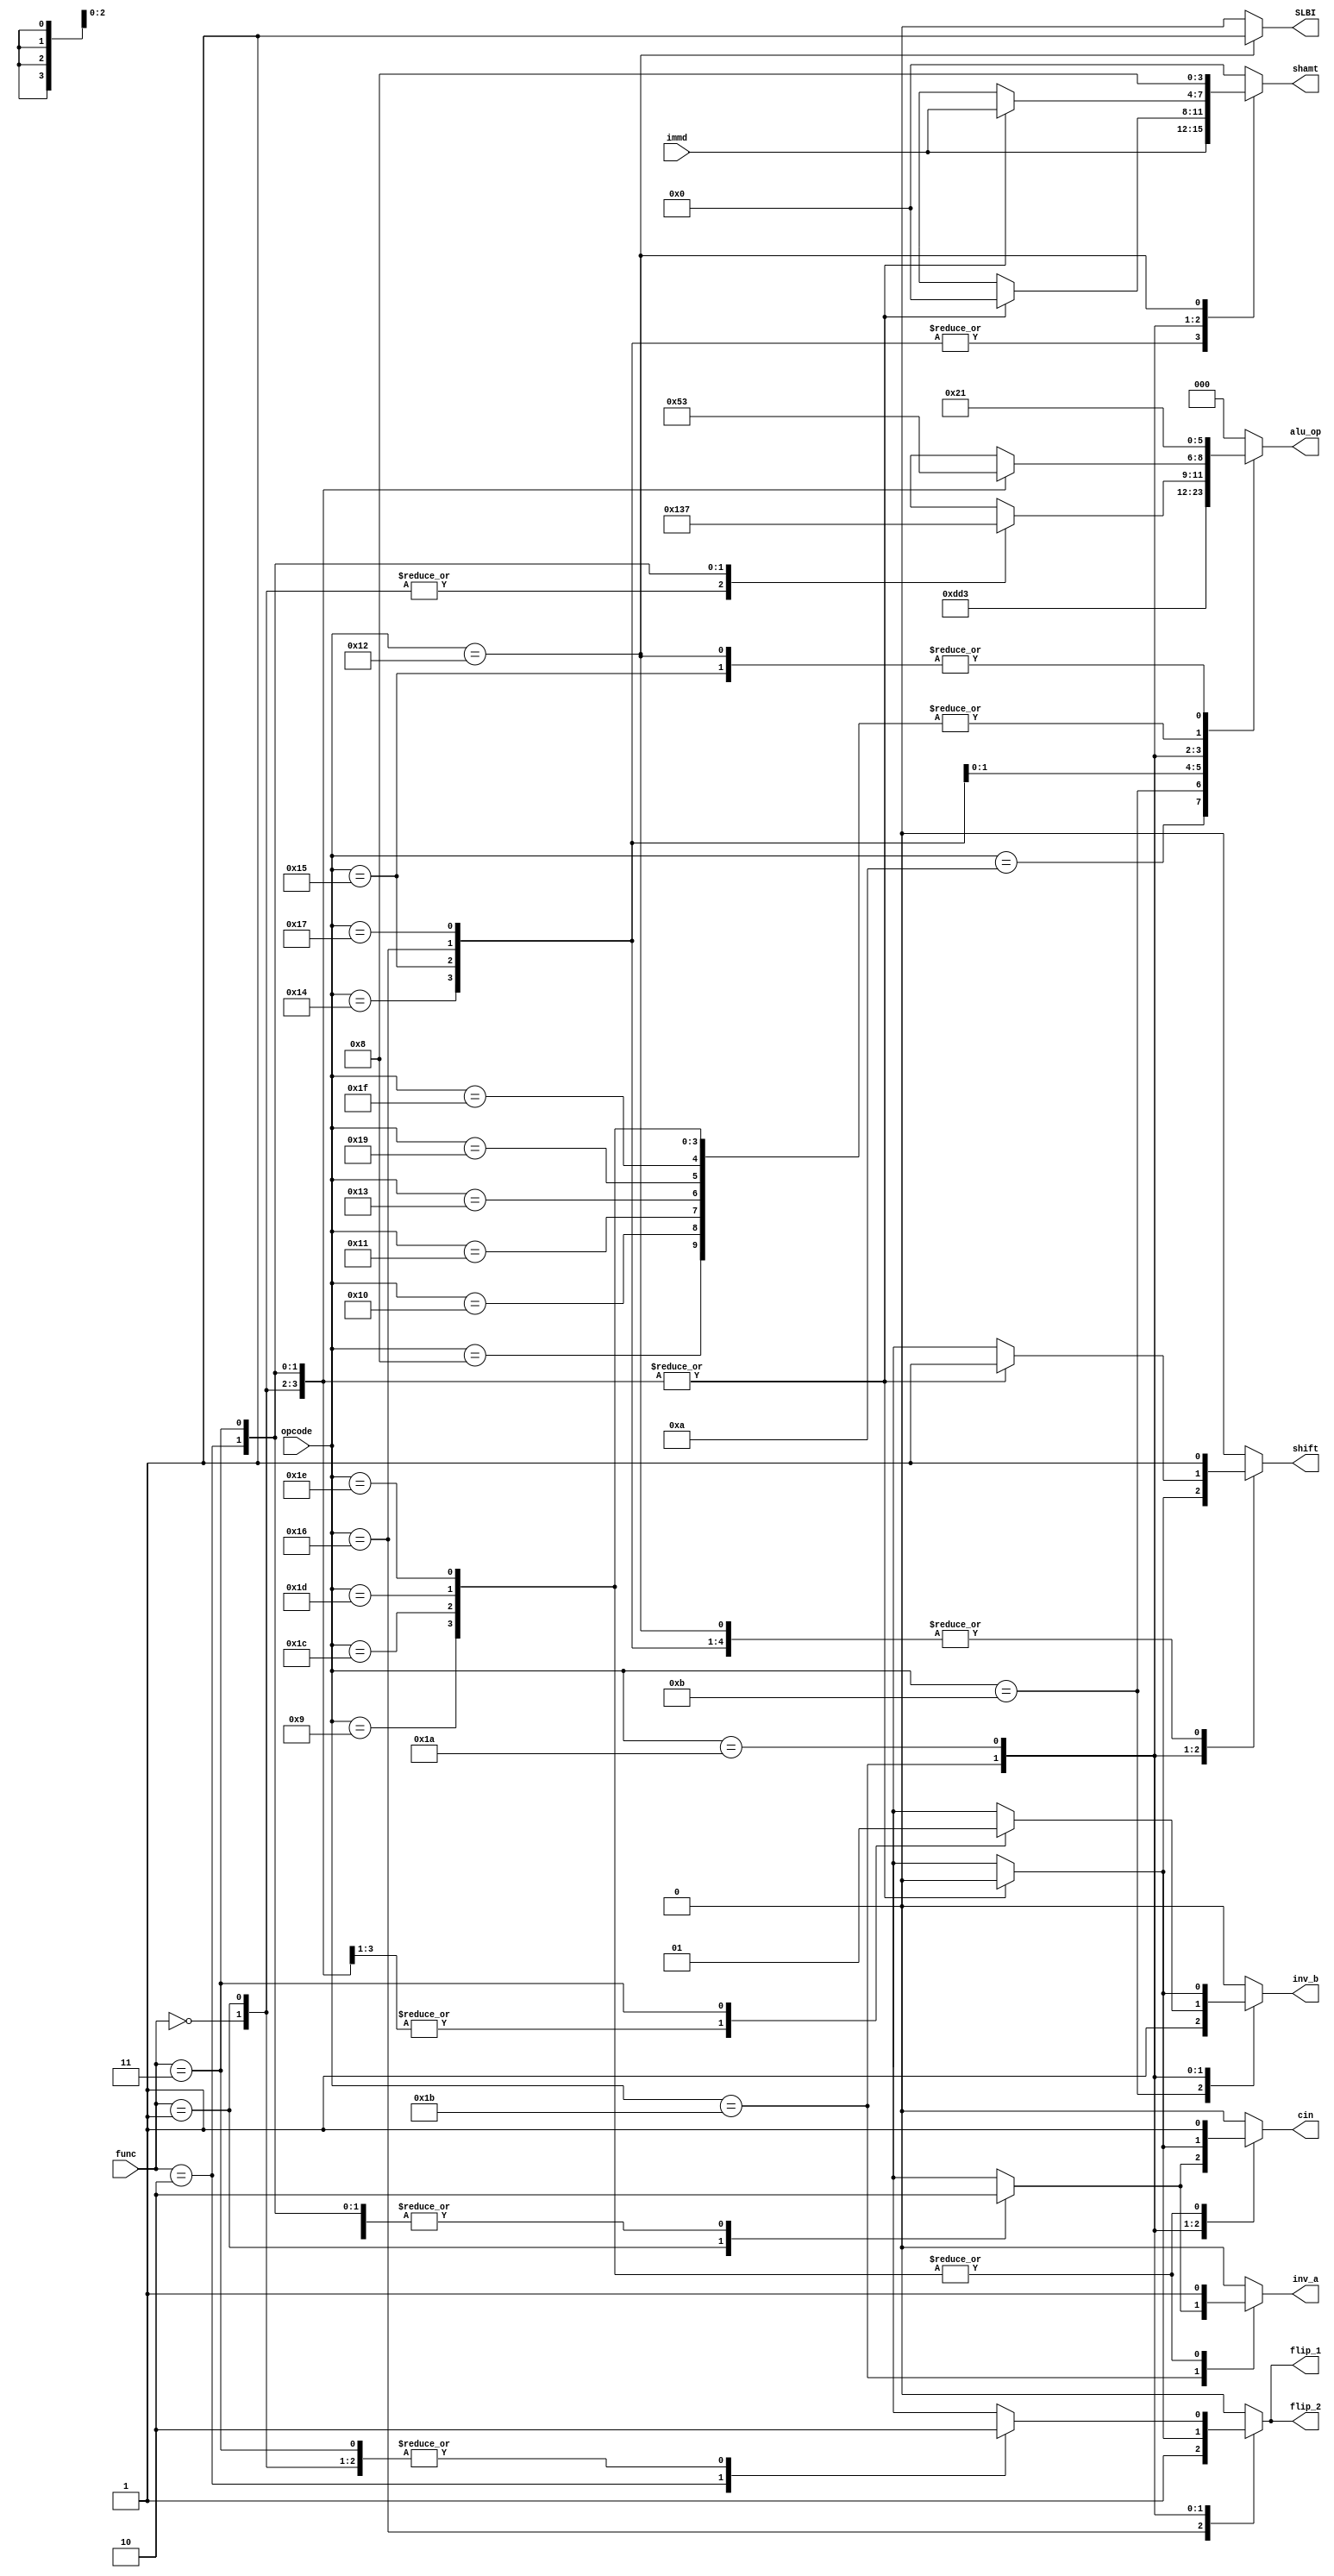
module alu_control(
  //output
  alu_op,
  inv_a,
  inv_b,
  cin,
  shamt,
  flip_1,
  flip_2,
  shift,
  SLBI,

  //input
  opcode,
  func,
  immd
);

  output reg[2:0] alu_op;
  output reg inv_a;
  output reg inv_b;
  output reg cin;
  output reg [3:0] shamt;
  output reg flip_1;
  output reg flip_2; 
  output reg shift; 
  output reg SLBI;

  input [4:0] opcode;
  input [1:0] func;
  input [3:0] immd;

  always @ *
  begin
    inv_a = 1'b0;	
    alu_op = 3'b000;
    inv_b = 1'b0;
    cin = 1'b0; 
    shamt = 4'b0000;
    flip_1 = 1'b0;
    flip_2 = 1'b0;
    shift = 1'b0;
    SLBI = 1'b0;

    case(opcode)
			5'b01000 : //ADDI
			begin
				alu_op = 3'b100;
				inv_b = 0;
        cin = 0;
    		shamt = 4'b0000;
	    	flip_1 = 1'b0;
      	flip_2 = 1'b0;
		    shift = 1'b0;
		end      

	    5'b01001 : //SUBI
		  begin
				alu_op = 3'b100;
				inv_a = 1'b1;
        cin = 1'b1;
        shamt = 4'b0000;
	    	flip_1 = 1'b0;
      	flip_2 = 1'b0;
		    shift = 1'b0;
		end      

      5'b01010 : //XORI
			begin
				alu_op = 3'b110; 
				inv_b = 1'b0;
				cin = 1'b0;		
        shamt = 4'b0000;
	    	flip_1 = 1'b0;
      	flip_2 = 1'b0;
		    shift = 1'b0;
		end

			5'b01011 : //ANDNI
			begin
				alu_op = 3'b111;
				inv_b = 1'b1;
				cin = 1'b0;
        shamt = 4'b0000;
	    	flip_1 = 1'b0;
      	flip_2 = 1'b0;
		    shift = 1'b0;
		end

      5'b10100 : //ROLI
			begin
				alu_op = 3'b000;
				inv_b = 1'b0;
				cin = 1'b0;
				shamt = immd;
  	    flip_1 = 1'b0;
      	flip_2 = 1'b0;
 		    shift = 1'b1;
	   	end

      5'b10101 : //SLLI
			begin
				alu_op = 3'b001; 
				inv_b = 1'b0;
        cin = 1'b0;
				shamt = immd;
	    	flip_1 = 1'b0;
				flip_2 = 1'b0;
 		    shift = 1'b1;
			end

      5'b10110 : //RORI
			begin
				alu_op = 3'b010; 
				inv_b = 1'b0;
        cin = 1'b0;
				shamt = immd;
	    	flip_1 = 1'b1;
      	flip_2 = 1'b1;
 		    shift = 1'b1;
			end

      5'b10111 : //SRLI
			begin
				alu_op = 3'b011; 
				inv_b = 1'b0;
        cin = 1'b0;
				shamt = immd;
	    	flip_1 = 1'b0;
      	flip_2 = 1'b0;
 		    shift = 1'b1;
			end

      5'b10000 : //ST
			begin
				alu_op = 3'b100; 
				inv_b = 1'b0;
        cin = 1'b0;
				shamt = 4'b0000;
	    	flip_1 = 1'b0;
      	flip_2 = 1'b0;
 		    shift = 1'b0;
			end

      5'b10001 : //LD
			begin
				alu_op = 3'b100; 
				inv_b = 1'b0;
        cin = 1'b0;
				shamt = 4'b0000;
	    	flip_1 = 1'b0;
      	flip_2 = 1'b0;
 		    shift = 1'b0;
			end

      5'b10011 : //STU
			begin
				alu_op = 3'b100; 
				inv_b = 1'b0;
        cin = 1'b0;
				shamt = 4'b0000;
	    	flip_1 = 1'b0;
      	flip_2 = 1'b0;
 		    shift = 1'b0;
			end
			
			
      5'b11001 : //BTR
			begin
				alu_op = 3'b100; 
				inv_b = 1'b0;
        cin = 1'b0;
				shamt = 4'b0000;
	    	flip_1 = 1'b0;
      	flip_2 = 1'b0;
 		    shift = 1'b0;
			end

			5'b11011 : //ADD, SUB, XOR, ANDN
			begin

				case(func)
					2'b00 : //ADD
						begin
							alu_op = 3'b100;
							inv_b = 1'b0;
							cin = 1'b0;
							shamt = 4'b0000;
							flip_1 = 1'b0;
							flip_2 = 1'b0;
 		    			shift = 1'b0;
						end

					2'b01 : //SUB
						begin
							alu_op = 3'b100;
							inv_a = 1'b1;
							cin = 1'b1;
							shamt = 4'b0000;
							flip_1 = 1'b0;
							flip_2 = 1'b0;
 		    			shift = 1'b0;
						end

					2'b10 : //XOR
						begin
							alu_op = 3'b110;
							inv_b = 1'b0;
							cin = 1'b0;
							shamt = 4'b0000;
							flip_1 = 1'b0;
							flip_2 = 1'b0;
 		    			shift = 1'b0;
						end

					2'b11 : //ANDN
						begin
							alu_op = 3'b111;
							inv_b = 1'b1;
							cin = 1'b0;
							shamt = 4'b0000;
							flip_1 = 1'b0;
							flip_2 = 1'b0;
 		    			shift = 1'b0;
						end
					endcase
			end

			5'b11010 : //ROL, SLL, ROR,SRL
			begin

				case(func)
					2'b00 : //ROL
						begin
							alu_op = 3'b000;
							inv_b = 1'b0;
							cin = 1'b0;
							shamt = immd;
							flip_1 = 1'b0;
							flip_2 = 1'b0;
 		    			shift = 1'b1;
						end

					2'b01 : //SLL
						begin
							alu_op = 3'b001;
							inv_b = 1'b0;
							cin = 1'b0;
							shamt = immd;
							flip_1 = 1'b0;
							flip_2 = 1'b0;
 		    			shift = 1'b1;
						end

					2'b10 : //ROR
						begin
							alu_op = 3'b010;
							inv_b = 1'b0;
							cin = 1'b0;
							shamt = immd;
							flip_1 = 1'b1;
							flip_2 = 1'b1;
 		    			shift = 1'b1;
						end

					2'b11 : //SRL
						begin
							alu_op = 3'b011;
							inv_b = 1'b0;
							cin = 1'b0;
							shamt = immd;
							flip_1 = 1'b0;
							flip_2 = 1'b0;
 		    			shift = 1'b1;
						end
					endcase
			end

			5'b11100 : //SEQ
			begin
				alu_op = 3'b100;
				inv_a = 1;
        cin = 1;
    		shamt = 4'b0000;
	    	flip_1 = 1'b0;
      	flip_2 = 1'b0;
 		    shift = 1'b0;
			end      

	    5'b11101 : //SLT
		  begin
				alu_op = 3'b100;
				inv_a = 1'b1; //rt - rs
        cin = 1'b1;
        shamt = 4'b0000;
	    	flip_1 = 1'b0;
      	flip_2 = 1'b0;
 		    shift = 1'b0;
			end      

      5'b11110 : //SLE
			begin
				alu_op = 3'b100; 
				inv_a = 1'b1;
				cin = 1'b1;		
        shamt = 4'b0000;
	    	flip_1 = 1'b0;
      	flip_2 = 1'b0;
 		    shift = 1'b0;
			end

			5'b11111 : //SCO	
			begin
				alu_op = 3'b100;
				inv_b = 1'b0;
				cin = 1'b0;
        shamt = 4'b0000;
	    	flip_1 = 1'b0;
      	flip_2 = 1'b0;
 		    shift = 1'b0;
			end
			
			5'b10010 : //SLBI	
			begin
				alu_op = 3'b001;
				inv_b = 1'b0;
				cin = 1'b0;
        shamt = 4'b1000;
	    	flip_1 = 1'b0;
      	flip_2 = 1'b0;
 		    shift = 1'b1;
 		    SLBI = 1'b1;
			end

			default : 
			begin
		inv_a = 1'b0;
    		alu_op = 3'b000;
    		inv_b = 1'b0;
    		cin = 1'b0; 
    		shamt = 4'b0000;
    		flip_1 = 1'b0;
    		flip_2 = 1'b0;
 		    shift = 1'b0;
			end

    endcase
  end
endmodule